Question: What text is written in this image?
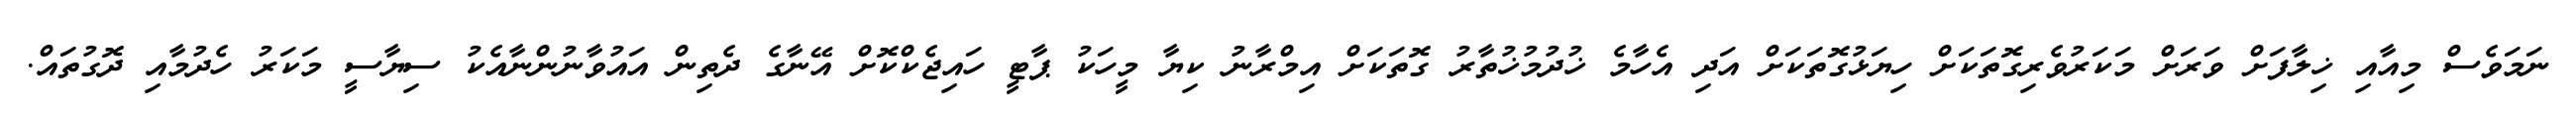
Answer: ނަމަވެސް މިއާއި ޚިލާފަށް ވަރަށް މަކަރުވެރިގޮތަކަށް ހިޔަޅުގޮތަކަށް އަދި އެހާމެ ޚުދުމުޚުތާރު ގޮތަކަށް އިމްރާނު ކިޔާ މީހަކު ޕާޓީ ހައިޖެކްކޮށް އޭނާގެ ދެތިން އައުވާނުންނާއެކު ސިޔާސީ މަކަރު ހެދުމާއި ދޮގުތައް.